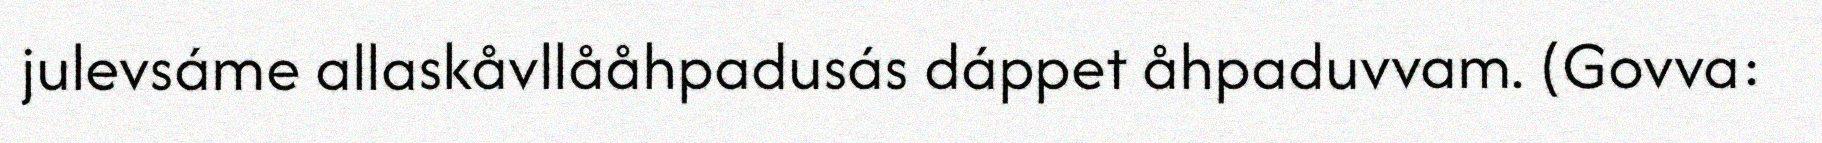
julevsáme allaskåvllååhpadusás dáppet åhpaduvvam. (Govva: